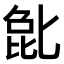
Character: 𫧉